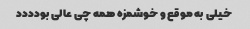
خیلی به موقع و خوشمزه همه چی عالی بودددد